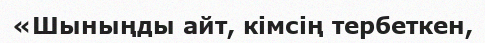
«Шыныңды айт, кімсің тербеткен,